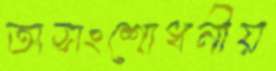
অসংশোধনীয়